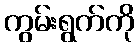
ကွမ်းရွက်ကို